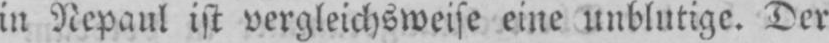
in Nepaul ist vergleichsweise eine unblutige. Der